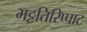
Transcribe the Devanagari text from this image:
भट्टतिरिप्पाट